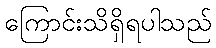
ကြောင်းသိရှိရပါသည်